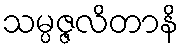
သမ္ပဇ္ဇလိတာနိ